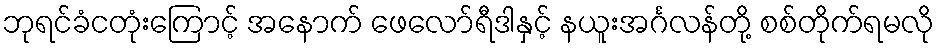
ဘုရင်ခံငတုံးကြောင့် အနောက် ဖေလော်ရီဒါနှင့် နယူးအင်္ဂလန်တို့ စစ်တိုက်ရမလို